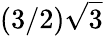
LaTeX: (3/2)\sqrt{3}